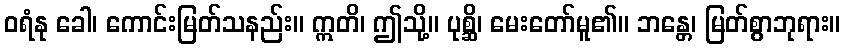
ဝရံနု ခေါ၊ ကောင်းမြတ်သနည်း။ ဣတိ၊ ဤသို့။ ပုစ္ဆိ၊ မေးတော်မူ၏။ ဘန္တေ၊ မြတ်စွာဘုရား။